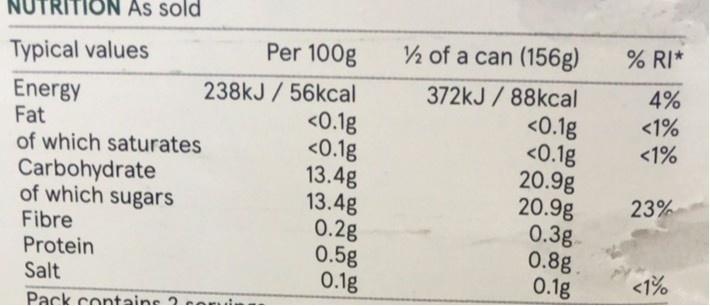
TRITION As sold
Per 100g
2 of a can (156g)
% RI*
Typical values
4%
Energy Fat of which saturates Carbohydrate of which sugars
238kJ / 56kcal <0.1g <0.1g 13.4g 13.4g 0.2g 0.5g 0.1g
372kJ / 88kcal <0.1g <0.1g 20.9g 20.9g 0.3g 0.8g. 0.1g
<1% <1%
23%
Fibre
Protein Salt
<1%
Pack containe 2 ot